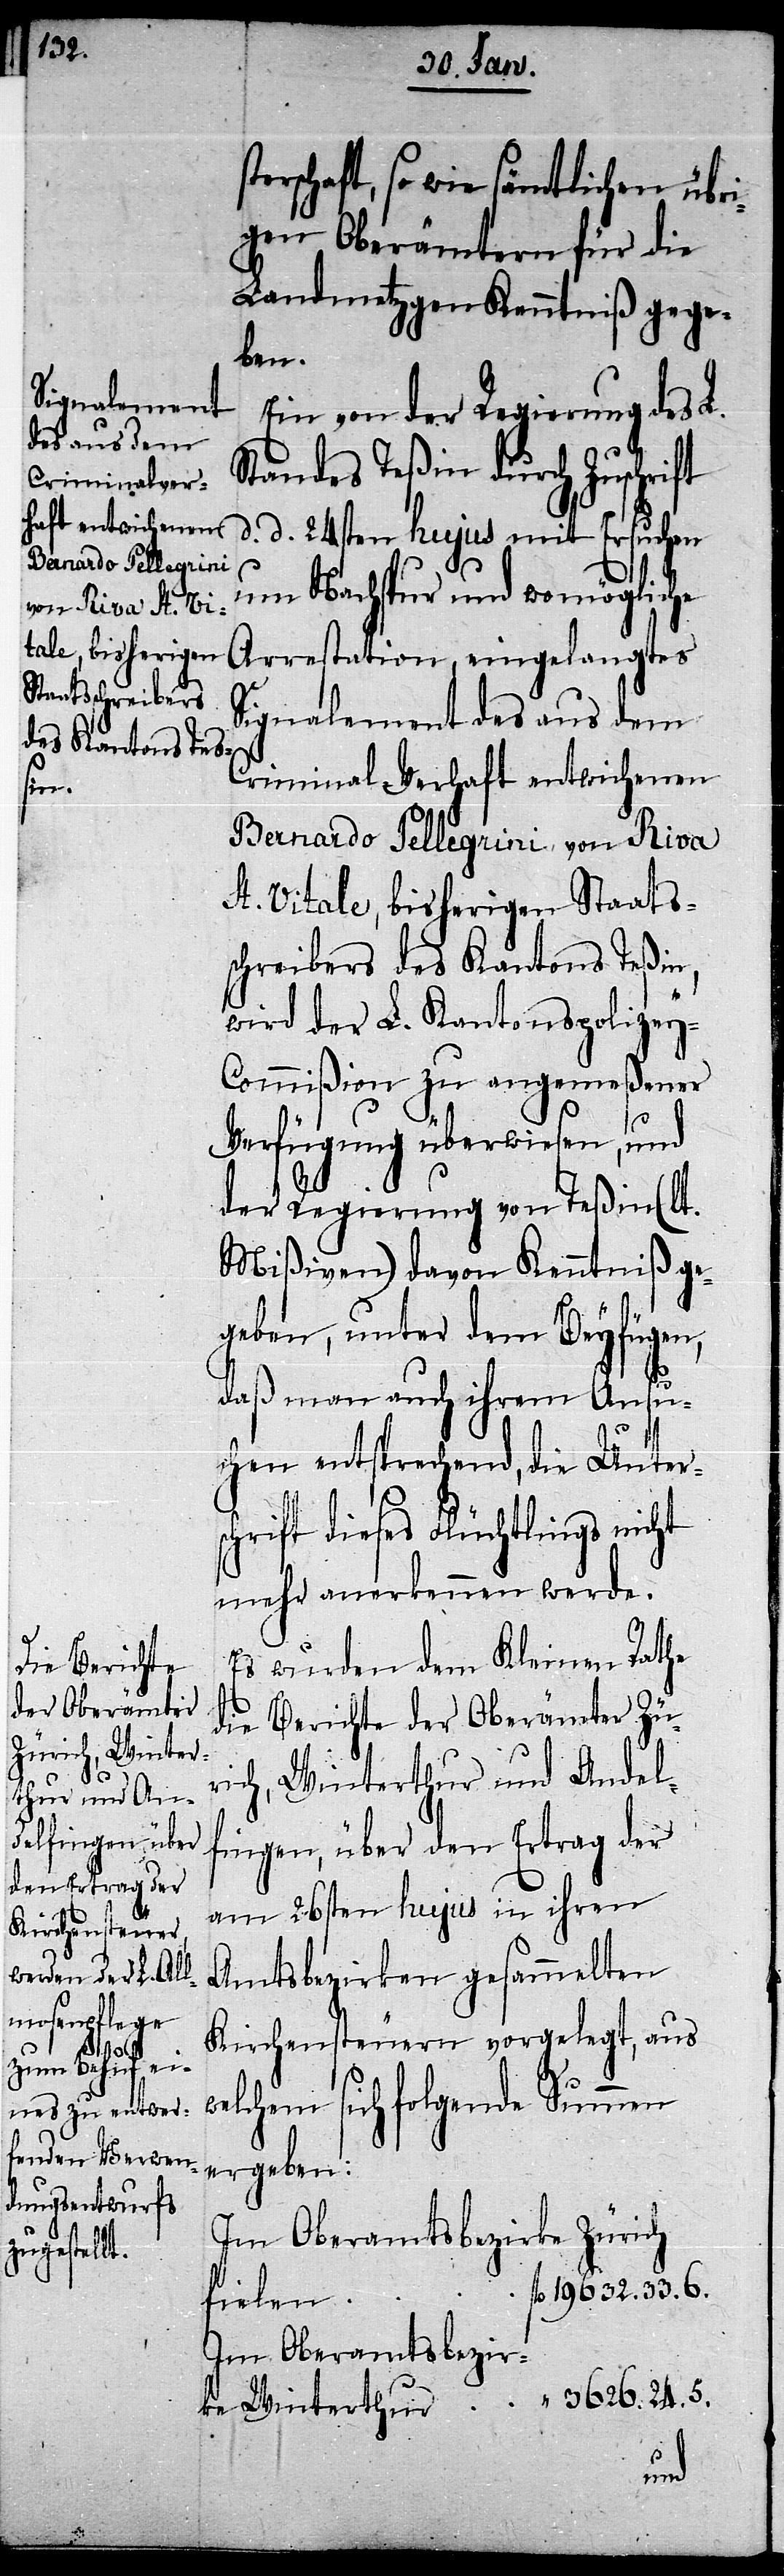
Ein von der Regierung des L.
Standes Teßin durch Zuschrift
d. d. 24sten hujus mit Ersuchen
um Nachspur und womögliche
Arrestation, eingelangtes
Signalement des aus dem
Criminal-Verhaft entwichenen
Bernardo Pellegrini von Riva
St. Vitale, bisherigen Staats¬
schreibers des Kantons Teßin,
wird der L. Kantonspolizey-C¬
ommißion zu angemeßener
Verfügung überwiesen, und
der Regierung von Teßin (lt.
Mißiven) davon Kenntniß ge¬
geben, unter dem Beyfügen,
daß man auch ihrem Ansu¬
chen entsprechend, die Unters¬
chrift dieses Flüchtlings nicht
mehr anerkennen werde.
Es wurden dem Kleinen Rathe
die Berichte der Oberämter Zür¬
ich, Winterthur und Andel¬
fingen, über den Ertrag der
am 26sten hujus in ihren
Amtsbezirken gesammelten
Kirchensteuern vorgelegt, aus
welchem sich folgende Summen
ergeben:
Im Oberamtsbezirke Zürich
Im Oberamtsbezirke